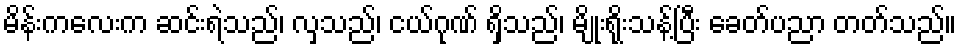
မိန်းကလေးက ဆင်းရဲသည်၊ လှသည်၊ ငယ်ဂုဏ် ရှိသည်၊ မျိုးရိုးသန့်ပြီး ခေတ်ပညာ တတ်သည်။